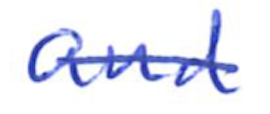
Text: and
Cross-out: single-line
Writing tool: ballpoint